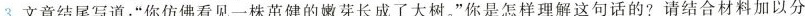
3.文章结尾写道:“你仿佛看见一株茁健的嫩芽长成了大树。”你是怎样理解这句话的? 请结合材料加以分